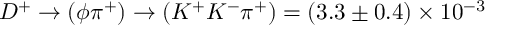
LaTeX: D ^ { + } \rightarrow ( \phi \pi ^ { + } ) \rightarrow ( K ^ { + } K ^ { - } \pi ^ { + } ) = ( 3 . 3 \pm 0 . 4 ) \times 1 0 ^ { - 3 }